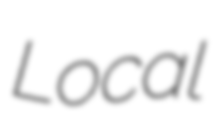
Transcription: Local